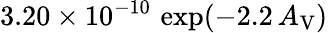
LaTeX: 3.20\times 10^{-10}\, \exp(-2.2\, A_{\mathrm{V}})